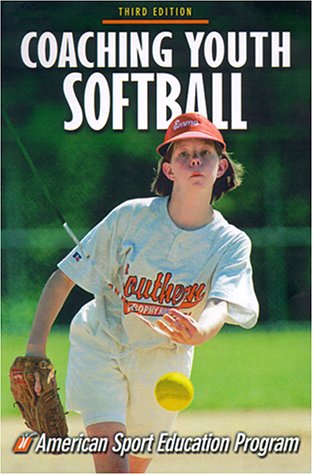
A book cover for Coaching Youth Softball; American Sport Education Program; Sports & Outdoors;